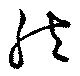
然